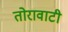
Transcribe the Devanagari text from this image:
तोरावाटी